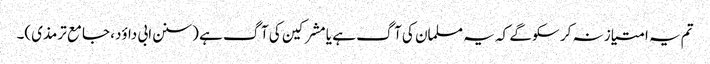
تم یہ امتیاز نہ کر سکو گے کہ یہ مسلمان کی آگ ہے یا مشرکین کی آگ ہے (سنن ابی داؤد، جامع ترمذی)۔